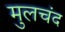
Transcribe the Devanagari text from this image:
मुलचंद